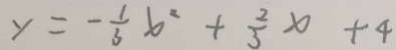
y = - \frac { 1 } { 3 } x ^ { 2 } + \frac { 2 } { 3 } x + 4